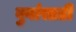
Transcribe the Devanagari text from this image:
बुवांसाठी